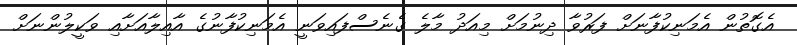
އެގޮތުން އެމަނިކުފާނަށް ފަރުވާ ދިނުމަށް މިއަދު މާލެ ގެނެސްފައިވަނީ އެމަނިކުފާނުގެ އާއިލާއަށާއި ވަކީލުންނަށް